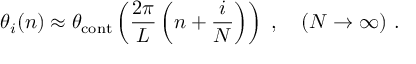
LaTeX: \theta _ { i } ( n ) \approx \theta _ { \mathrm { c o n t } } \left( \frac { 2 \pi } { L } \left( n + \frac { i } { N } \right) \right) \ , \quad ( N \to \infty ) \ .